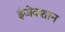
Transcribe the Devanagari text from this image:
इंजेक्शान